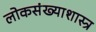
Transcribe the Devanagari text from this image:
लोकसंख्याशास्त्र